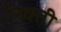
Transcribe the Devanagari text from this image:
रिक्ती